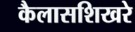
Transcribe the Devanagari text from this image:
कैलासशिखरे